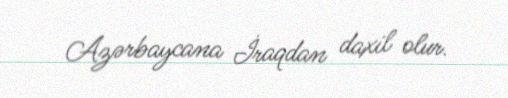
Azərbaycana İraqdan daxil olur.